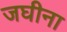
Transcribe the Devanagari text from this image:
जघीना